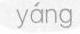
yáng